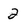
Character: 2